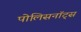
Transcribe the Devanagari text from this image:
पोलिसनॉट्स